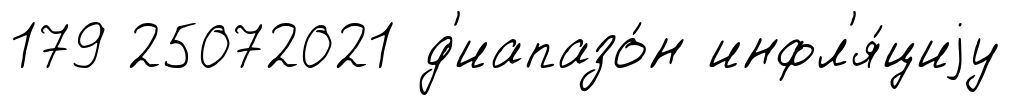
179 25072021 д'иапазо́н инфл'я́циjу